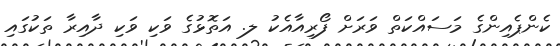
ކެންޕެއިންގެ މަސައްކަތް ވަރަށް ފޯރިއާއެކު ލ. އަތޮޅުގެ ވަކި ވަކި ދާއިރާ ތަކުގައި